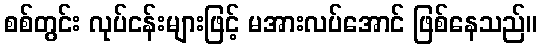
စစ်တွင်း လုပ်ငန်းများဖြင့် မအားလပ်အောင် ဖြစ်နေသည်။